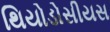
થિયોડોસીયસ